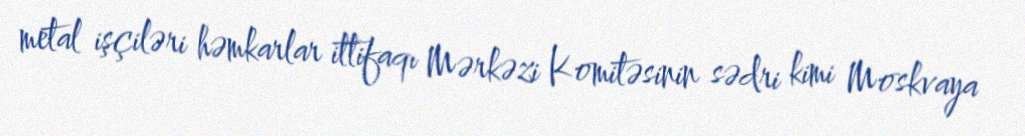
metal işçiləri həmkarlar ittifaqı Mərkəzi Komitəsinin sədri kimi Moskvaya